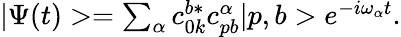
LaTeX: \begin{array}{r}{|\Psi(t)>=\sum_{\alpha}c_{0k}^{b*}c_{pb}^{\alpha}|p,b>e^{-i\omega_{\alpha}t}.}\end{array}